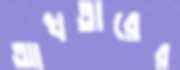
আখতারের